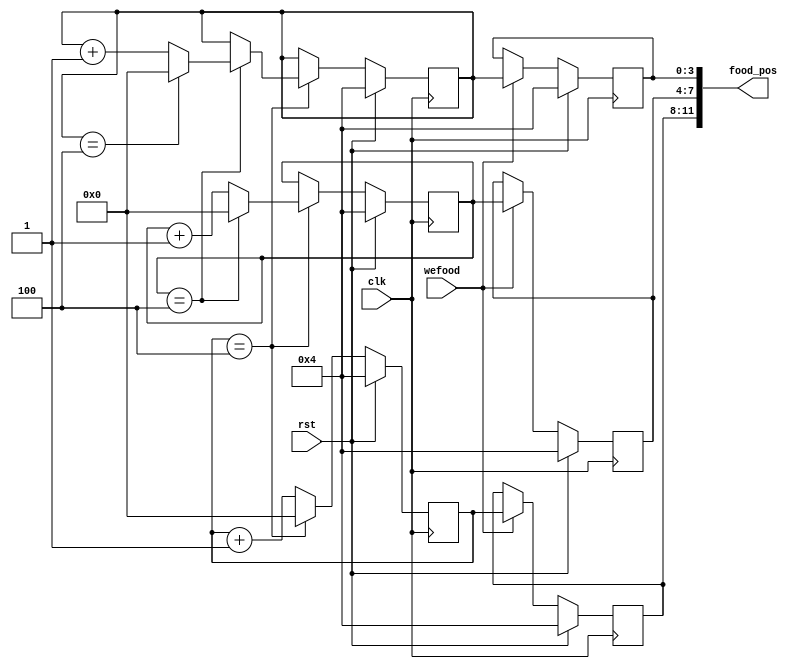
/*
   This file was generated automatically by the Mojo IDE version B1.3.6.
   Do not edit this file directly. Instead edit the original Lucid source.
   This is a temporary file and any changes made to it will be destroyed.
*/

module food_11 (
    input clk,
    input rst,
    input wefood,
    output reg [11:0] food_pos
  );
  
  
  
  reg [3:0] M_pos_x_d, M_pos_x_q = 3'h4;
  reg [3:0] M_pos_y_d, M_pos_y_q = 3'h4;
  reg [3:0] M_pos_z_d, M_pos_z_q = 3'h4;
  reg [3:0] M_rnd_x_d, M_rnd_x_q = 3'h4;
  reg [3:0] M_rnd_y_d, M_rnd_y_q = 3'h4;
  reg [3:0] M_rnd_z_d, M_rnd_z_q = 3'h4;
  
  always @* begin
    M_pos_y_d = M_pos_y_q;
    M_pos_z_d = M_pos_z_q;
    M_pos_x_d = M_pos_x_q;
    M_rnd_x_d = M_rnd_x_q;
    M_rnd_z_d = M_rnd_z_q;
    M_rnd_y_d = M_rnd_y_q;
    
    M_rnd_x_d = M_rnd_x_q + 1'h1;
    if (M_rnd_x_q == 3'h4) begin
      M_rnd_x_d = 1'h0;
      M_rnd_y_d = M_rnd_y_q + 1'h1;
      if (M_rnd_y_q == 3'h4) begin
        M_rnd_y_d = 1'h0;
        M_rnd_z_d = M_rnd_z_q + 1'h1;
        if (M_rnd_z_q == 3'h4) begin
          M_rnd_z_d = 1'h0;
        end
      end
    end
    if (wefood) begin
      M_pos_x_d = M_rnd_x_q;
      M_pos_y_d = M_rnd_y_q;
      M_pos_z_d = M_rnd_z_q;
    end
    food_pos = 7'h7d;
    food_pos = {M_pos_x_q, M_pos_y_q, M_pos_z_q};
  end
  
  always @(posedge clk) begin
    if (rst == 1'b1) begin
      M_pos_x_q <= 3'h4;
      M_pos_y_q <= 3'h4;
      M_pos_z_q <= 3'h4;
      M_rnd_x_q <= 3'h4;
      M_rnd_y_q <= 3'h4;
      M_rnd_z_q <= 3'h4;
    end else begin
      M_pos_x_q <= M_pos_x_d;
      M_pos_y_q <= M_pos_y_d;
      M_pos_z_q <= M_pos_z_d;
      M_rnd_x_q <= M_rnd_x_d;
      M_rnd_y_q <= M_rnd_y_d;
      M_rnd_z_q <= M_rnd_z_d;
    end
  end
  
endmodule